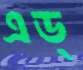
এড্